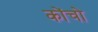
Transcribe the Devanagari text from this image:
कोंचो